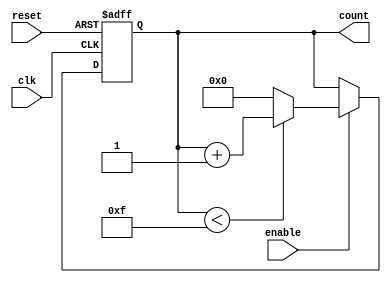
module parameterized_counter #(
    parameter WIDTH = 4,                // Number of bits in the counter
    parameter DIRECTION = "UP",          // Counting direction: "UP" or "DOWN"
    parameter MAX_COUNT = (2**WIDTH)-1  // Maximum count value
)(
    input wire clk,                     // Clock signal
    input wire reset,                   // Asynchronous reset
    input wire enable,                  // Enable signal
    output reg [WIDTH-1:0] count        // Current count value
);

    // Internal variables to control the counting operation
    reg [WIDTH-1:0] next_count;

    // Always block for counting operation
    always @(posedge clk or posedge reset) begin
        if (reset) begin
            count <= 0; // Reset to zero
        end else if (enable) begin
            count <= next_count; // Update count with next count value
        end
    end

    // Combinational logic for next count value
    always @(*) begin
        if (enable) begin
            if (DIRECTION == "UP") begin
                if (count < MAX_COUNT) begin
                    next_count = count + 1; // Increment for UP counting
                end else begin
                    next_count = 0; // Wrap around to zero
                end
            end else if (DIRECTION == "DOWN") begin
                if (count > 0) begin
                    next_count = count - 1; // Decrement for DOWN counting
                end else begin
                    next_count = MAX_COUNT; // Wrap around to MAX_COUNT
                end
            end
        end else begin
            next_count = count; // Hold current count if not enabled
        end
    end

endmodule